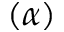
( \alpha )